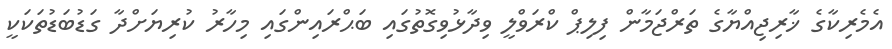
އެމެރިކާގެ ޚާރިޖިއްޔާގެ ތަރްޖަމާން ފިލިޕް ކްރަވްލީ ވިދާޅުވިގޮތުގައި ބަޙްރައިންގައި މިހާރު ކުރިޔަށްދާ ގަޑުބަޑުތަކަކީ